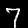
Label: 7